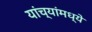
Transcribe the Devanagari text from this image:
यांच्यांमध्ये